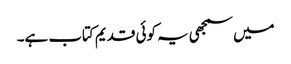
میں سمجھی یہ کوئی قدیم کتاب ہے۔